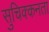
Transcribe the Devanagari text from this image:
सुचिक्कनता